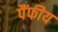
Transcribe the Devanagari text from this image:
पैंफीय